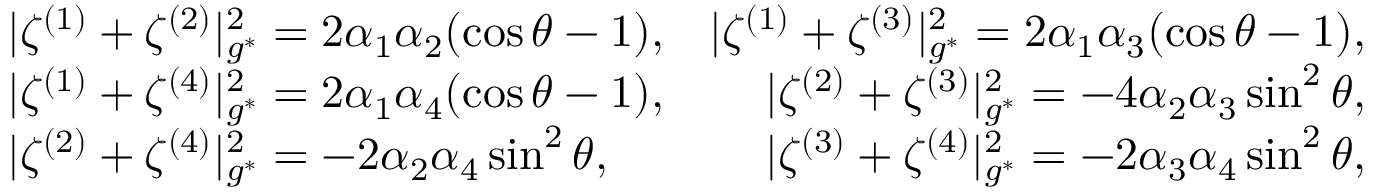
\begin{array} { r l r } & { | \zeta ^ { ( 1 ) } + \zeta ^ { ( 2 ) } | _ { g ^ { * } } ^ { 2 } = 2 \alpha _ { 1 } \alpha _ { 2 } ( \cos \theta - 1 ) , } & { | \zeta ^ { ( 1 ) } + \zeta ^ { ( 3 ) } | _ { g ^ { * } } ^ { 2 } = 2 \alpha _ { 1 } \alpha _ { 3 } ( \cos \theta - 1 ) , } \\ & { | \zeta ^ { ( 1 ) } + \zeta ^ { ( 4 ) } | _ { g ^ { * } } ^ { 2 } = 2 \alpha _ { 1 } \alpha _ { 4 } ( \cos \theta - 1 ) , } & { | \zeta ^ { ( 2 ) } + \zeta ^ { ( 3 ) } | _ { g ^ { * } } ^ { 2 } = - 4 \alpha _ { 2 } \alpha _ { 3 } \sin ^ { 2 } \theta , } \\ & { | \zeta ^ { ( 2 ) } + \zeta ^ { ( 4 ) } | _ { g ^ { * } } ^ { 2 } = - 2 \alpha _ { 2 } \alpha _ { 4 } \sin ^ { 2 } \theta , } & { | \zeta ^ { ( 3 ) } + \zeta ^ { ( 4 ) } | _ { g ^ { * } } ^ { 2 } = - 2 \alpha _ { 3 } \alpha _ { 4 } \sin ^ { 2 } \theta , } \end{array}